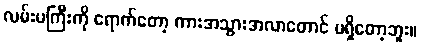
လမ်းမကြီးကို ရောက်တော့ ကားအသွားအလာတောင် မရှိတော့ဘူး။